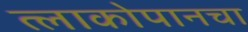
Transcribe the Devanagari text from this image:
त्लाकोपानचा